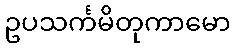
ဥပသင်္ကမိတုကာမော